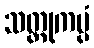
သတ္ထုကပ္ပံ